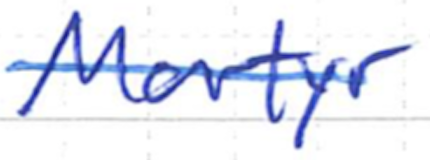
Text: Martyr
Cross-out: single-line
Writing tool: ballpoint